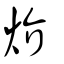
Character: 炌